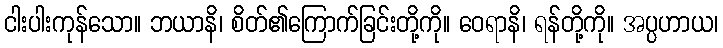
ငါးပါးကုန်သော။ ဘယာနိ၊ စိတ်၏ကြောက်ခြင်းတို့ကို။ ဝေရာနိ၊ ရန်တို့ကို။ အပ္ပဟာယ၊